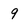
Character: 9